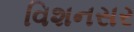
વિશનસર